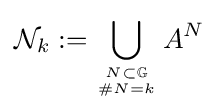
{\mathcal {N}}_{k}:=\bigcup _{N\subset \mathbb {G}  \atop \#N=k}A^{N}